Lunatic asylums Central Provinces reports 1874-1885 - 1874-1885
Year: 1874
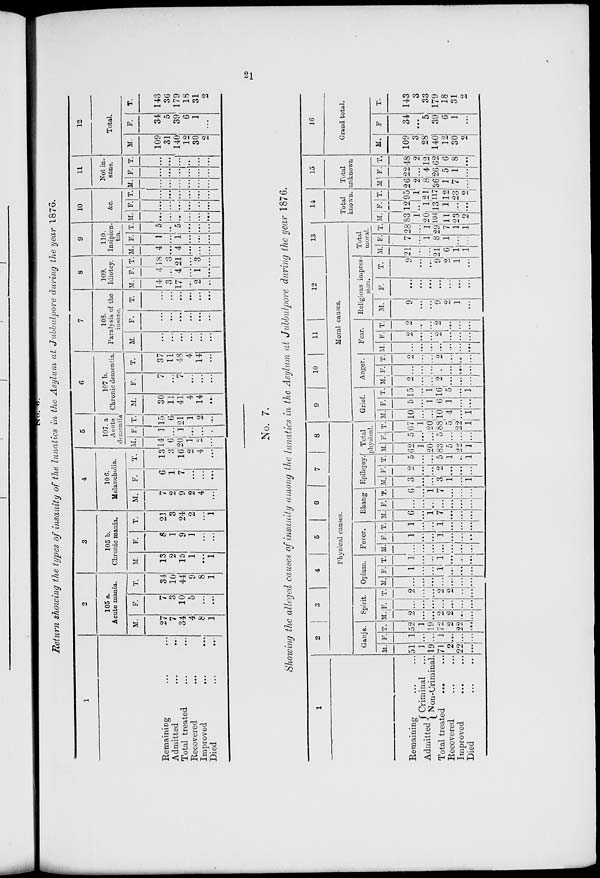
21
No.
6.
Return showing the types of Insanity of the lunatics in the Asylum at Jubbulpore during the year 1876.
1
Remaining ... ...
Admitted
...
...
Total treated ... ...
Recovered
...
...
Improved
...
...
Died ... ...
2
105 a.
Acute mania.
M.
27
7
34
4
8
1
F.
7
3
10
5
...
...
T.
34
10
44
9
8
1
3
105 b.
Chronic mania.
M.
13
2
15
1
...
1
F.
8
1
9
1
...
...
T.
21
3
24
2
...
1
4
106.
Melancholia.
M.
7
2
9
2
4
...
F.
6
1
7
...
...
...
T.
13
3
16
2
4
...
5
107. a
Acute
dementia
M.
14
6
20
1
2
...
F.
1
...
1
...
...
...
T.
15
6
21
1
2
...
6
107 b.
Chronic dementia.
M.
30
11
41
4
14
...
F.
7
...
7
...
...
...
T.
37
11
48
4
14
...
7
108.
Paralysis of the
insane.
M.
...
...
...
...
...
...
F.
...
...
...
...
...
...
T.
...
...
...
...
...
...
8
109.
Idiotcy.
M.
14
3
17
...
2
...
F.
4
...
4
...
1
...
T.
18
3
21
...
3
...
9
110.
Insipien-
tia.
M.
4
...
4
...
...
...
F.
1
...
1
...
...
...
T.
5
...
5
...
...
...
10
&c.
M.
...
...
...
...
...
...
F.
...
...
...
...
...
...
T.
...
...
...
...
...
...
11
Not in-
sane.
M.
...
...
...
...
...
...
F.
...
...
...
...
...
...
T.
...
...
...
...
...
...
12
Total.
M.
109
31
140
12
30
2
F.
34
5
39
6
1
...
T.
143
36
179
18
31
2
No. 7.
Showing the alleged causes of insanity among the lunatics in the Asylum at Jubbulpore during the year 1876.
1
Remaining ... ...
Admitted
Criminal ...
Non-Criminal.
Total treated ... ...
Recovered ... ...
Improved ... ...
Died ... ...
2
3
4
5
6
7
8
Physical causes.
Ganja.
M.
51
1
19
71
2
22
...
F.
1
...
...
1
...
...
...
T.
52
1
19
72
2
22
...
Spirit.
M.
2
...
...
2
2
...
...
F.
...
...
...
...
...
...
...
T.
2
...
...
2
2
...
...
Opium.
M.
...
...
...
...
...
...
...
F.
1
...
...
1
...
...
...
T.
1
...
...
1
...
...
...
Fever.
M.
...
...
...
...
...
...
...
F.
1
...
...
1
...
...
...
T.
1
...
...
1
...
...
...
Bhang.
M.
6
...
1
7
...
...
...
F.
...
...
...
...
...
...
...
T.
6
...
1
7
...
...
...
Epilepsy.
M.
3
...
...
3
1
...
1
F.
2
...
...
2
...
...
...
T.
5
...
...
5
1
...
1
Total.
physical.
M.
62
1
20
83
5
22
1
F.
5
...
...
5
...
...
...
T.
67
1
20
88
5
22
1
9
10
11
12
13
Moral causes.
Grief.
M.
10
...
...
10
4
...
1
F.
5
...
1
6
1
...
...
T.
15
...
1
16
5
...
1
Anger.
M.
2
...
...
2
...
...
...
F.
...
...
...
...
...
...
...
T.
2
...
...
2
...
...
...
Fear.
M.
...
...
...
...
...
...
...
F.
2
...
...
2
...
...
...
T.
2
...
...
2
...
...
...
Religious impres-
sion.
M.
9
...
...
9
2
1
...
F.
...
...
...
...
...
...
...
T.
9
...
...
9
2
1
...
Total
moral.
M.
21
...
...
21
6
1
1
F.
7
...
1
8
1
...
...
T.
28
...
1
29
7
1
1
14
Total
known.
M.
83
1
20
104
11
23
2
F.
12
...
1
13
1
...
...
T.
95
1 21
117
12
23
2
15
Total
unknown.
M.
26
2
8
36
1
7
...
F.
22
...
4
26
5
1
...
T.
48
2
12
62
6
8
...
16
Grand total.
M.
109
3
28
140
12
30
2
F.
34
...
5
39
6
1
...
T.
143
3
33
179
18
31
2